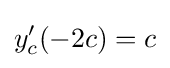
y_{c}'(-2c)=c\,\!